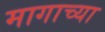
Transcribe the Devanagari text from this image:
मागाच्या